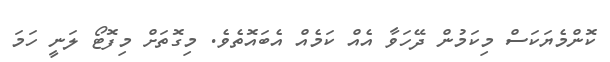
ކޮންމެޔަކަސް މިކަމުން ދޭހަވާ އެއް ކަމެއް އެބައޮތެވެ. މިގޮތަށް މިފޮޓޯ ލަނީ ހަމަ